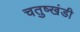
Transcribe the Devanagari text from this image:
चतुष्खंडी